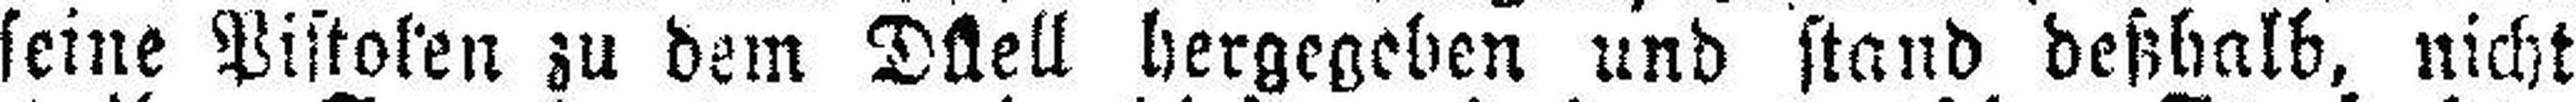
seine Pistolen zu dem Duell hergegeben und stand deßhalb, nicht